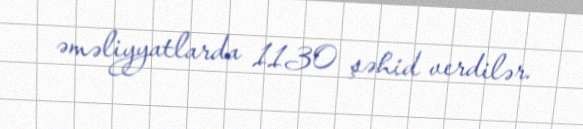
əməliyyatlarda 1130 şəhid verdilər.